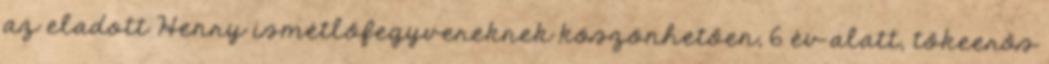
az eladott Henry ismétlőfegyvereknek köszönhetően, 6 év alatt, tőkeerős